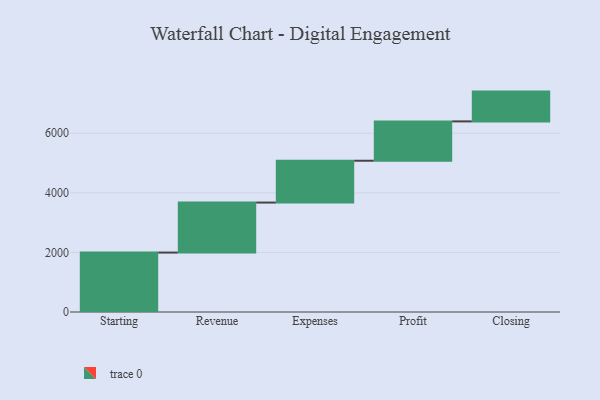
{"axis": {"x": "Step", "y": "Value"}, "legend": [""], "data": [{"x": "Starting", "y": 1995.0, "type": ""}, {"x": "Revenue", "y": 1679.0, "type": ""}, {"x": "Expenses", "y": 1404.0, "type": ""}, {"x": "Profit", "y": 1321.0, "type": ""}, {"x": "Closing", "y": 1000, "type": ""}]}